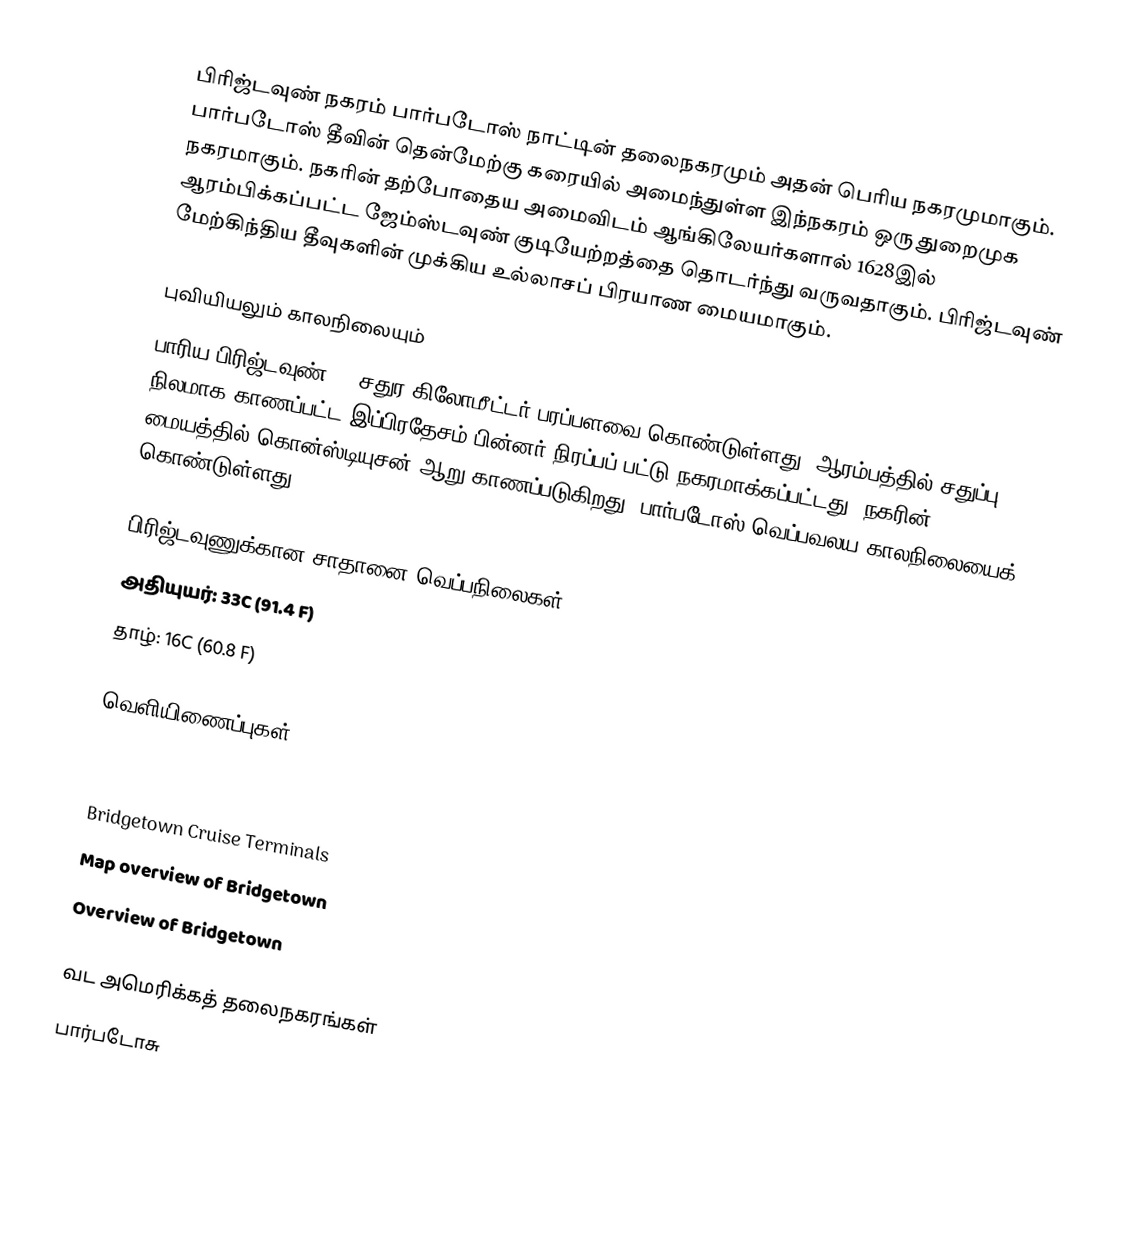
பிரிஜ்டவுண் நகரம் பார்படோஸ் நாட்டின் தலைநகரமும் அதன் பெரிய நகரமுமாகும். பார்படோஸ் தீவின் தென்மேற்கு கரையில் அமைந்துள்ள இந்நகரம் ஒரு துறைமுக நகரமாகும். நகரின் தற்போதைய அமைவிடம் ஆங்கிலேயர்களால் 1628இல் ஆரம்பிக்கப்பட்ட ஜேம்ஸ்டவுண் குடியேற்றத்தை தொடர்ந்து வருவதாகும். பிரிஜ்டவுண் மேற்கிந்திய தீவுகளின் முக்கிய உல்லாசப் பிரயாண மையமாகும்.

புவியியலும் காலநிலையும்
பாரிய பிரிஜ்டவுண் 39 சதுர கிலோமீட்டர் பரப்பளவை கொண்டுள்ளது. ஆரம்பத்தில் சதுப்பு நிலமாக காணப்பட்ட இப்பிரதேசம் பின்னர் நிரப்பப் பட்டு நகரமாக்கப்பட்டது. நகரின் மையத்தில் கொன்ஸ்டியுசன் ஆறு காணப்படுகிறது. பார்படோஸ் வெப்பவலய காலநிலையைக் கொண்டுள்ளது.

பிரிஜ்டவுணுக்கான சாதானை வெப்பநிலைகள்:
அதியுயர்: 33C (91.4 F)
தாழ்: 16C (60.8 F)

வெளியிணைப்புகள்
 ThatsBarbados.com
 Deep Water Harbour Port
 Bridgetown Cruise Terminals
 Map overview of Bridgetown
 Overview of Bridgetown

வட அமெரிக்கத் தலைநகரங்கள்
பார்படோசு